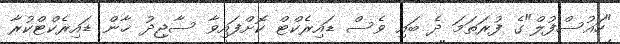
"ހައުސްފުލް"ގެ ފުރަތަމަ ދެ ބައި ވެސް ޑައިރެކްޓް ކޮށްފައިވާ ސާޖިދު ޚާން ޑައިރެކްޓްކުރާ